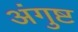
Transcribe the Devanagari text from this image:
अंगुष्ट